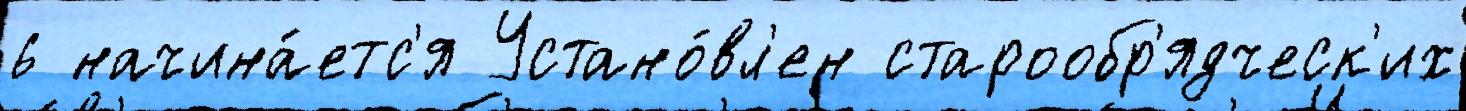
6 начина́етс'я Устано́вл'ен старообр'ядческ'их